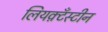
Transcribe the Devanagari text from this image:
लियक़्टँस्टीन